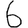
Digit: 6